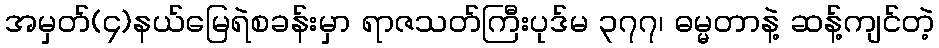
အမှတ်(၄)နယ်မြေရဲစခန်းမှာ ရာဇသတ်ကြီးပုဒ်မ ၃၇၇၊ ဓမ္မတာနဲ့ ဆန့်ကျင်တဲ့